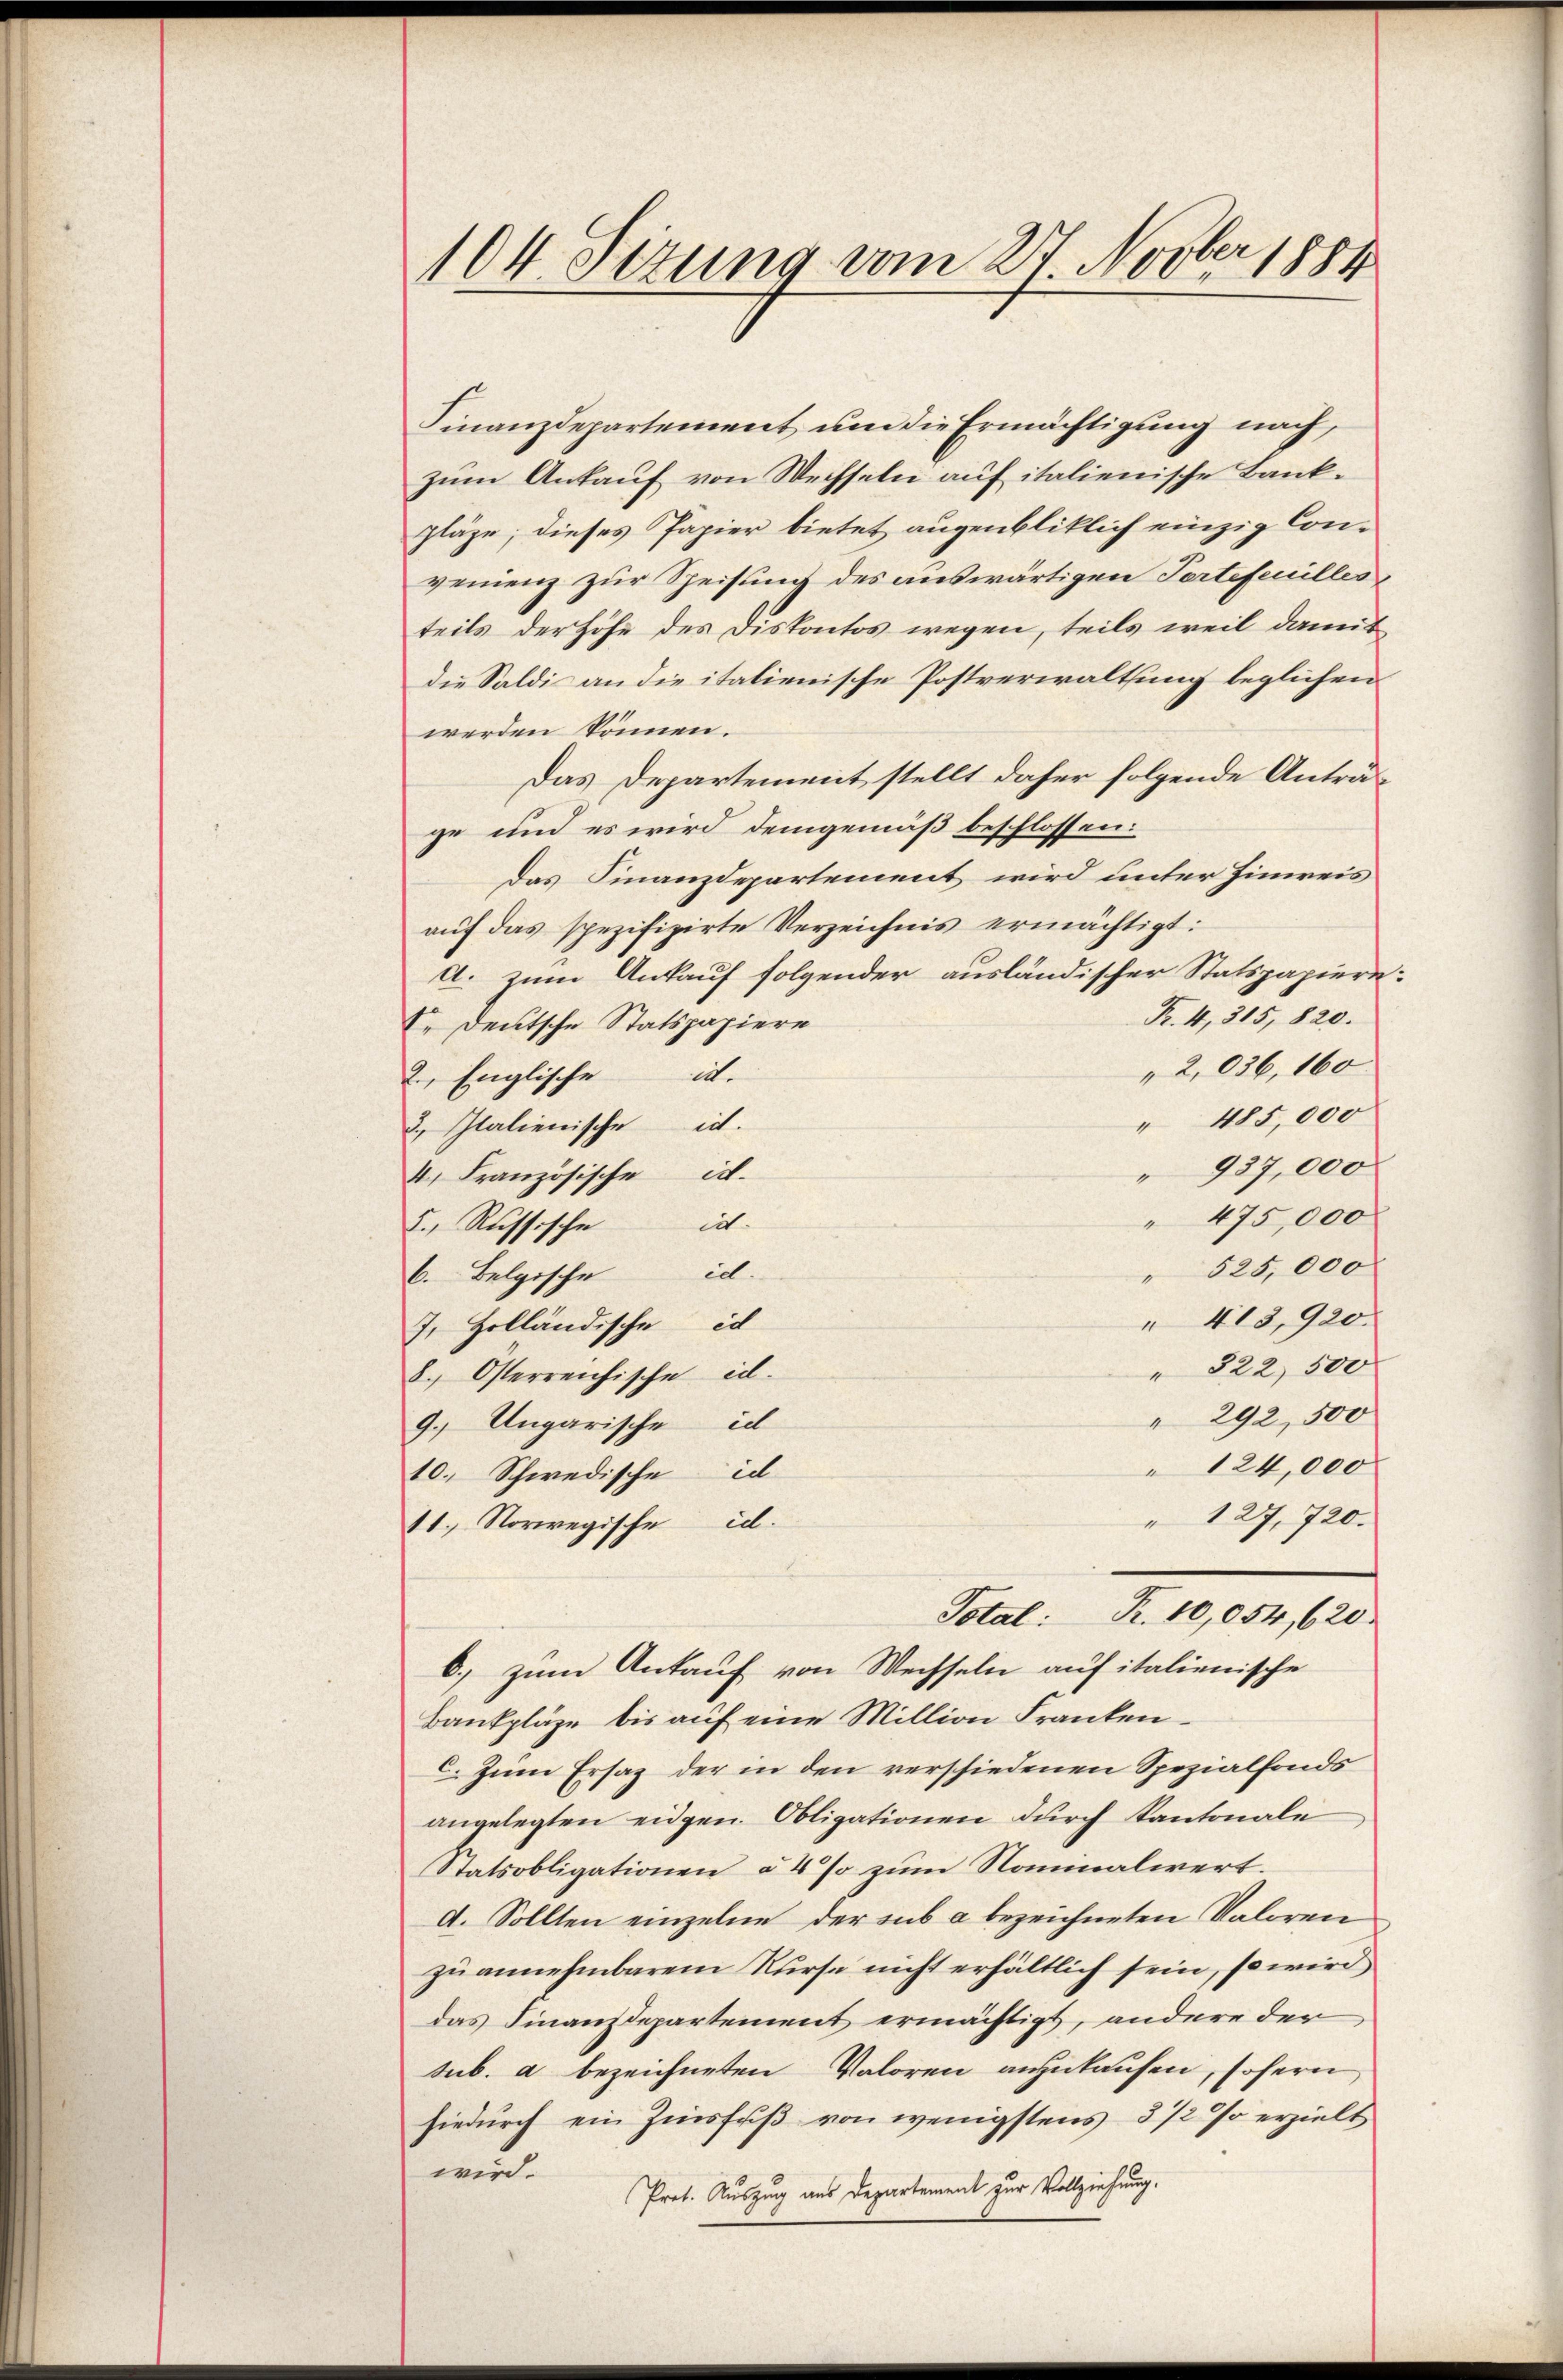
104 Sizung vom 27. Novber 1884

Finanzdepartement um die Ermächtigung nach
zum Ankauf von Wechseln auf italienische Bankpläge; dieses Papier bietet augenbliklich einzig Convenienz zur Speisung des auswärtigen Tortefeuilles
teils der Höhe des Diskontos wegen, teils weil damit
die Saldi an die italienische Postverwaltung leglichen
werden können.
Das Departement stellt daher folgende Anträge und es wird demgemäß beschlossen:
das Finanzdepartement wird unter Hinweis
auf das spezifizirte Verzeichnis ermächtigt:
A. zum Ankauf folgender ausländischer Statspapiere:
Fr. 4, 315, 820.
I. Deutsche Statspapiere
"2,036, 160
2., Englischeid.
" 485,000
u Italienische ist.
" 937,000
4. Französische ich.
475,000
2., Russischeid.
525,000
6. Belgischeid.
 413,920.
J. Holländische ic
" 822 500
8. Österreichische id.
" 292, 500
9.) Ungarische ic
 124,000
10. Schwedischeid
" 127, 720.
11. Norwegische id.
Total: P. 10,054, 620.
6.) zum Ankauf von Wechseln auf italienische
Bankpläge bis auf eine Million Franken
Zum Ersatz der in den verschiedenen Spezialfonds
angelegten eidgen. Obligationen durch Kantonale
Statsobligationen à 4% zum Nanmalwert.
d. Sollten einzelne der sub a bezeichneten Valoren
zu annehmbarem Kurse nicht erhältlich sein, so wird
das Finanzdepartement ermächtigt, andere der
sub. a bezeichneten Valoren anzukaufen, sofern
hiedurch ein Zinsfuß von wenigstens 3 1/2 % erzielt
wird.
Pret. Auszug aus Departement zur Vollziehung.